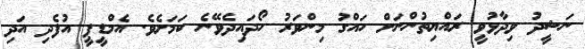
ނަޝީދު ވިދާޅުވީ ރައްޔިތުންނަށް ހައްގު މިންވަރު ހޯދައިދެވޭނެ ކަަމަށެވެ. އެމްޑީޕީ އުފެދި އަދި